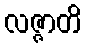
လဇ္ဇာတိ